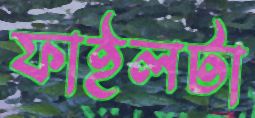
ফাইলটা